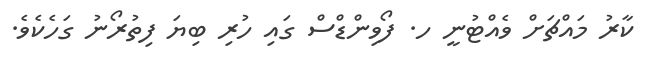
ކާރު މައްޗަށް ވެއްޓުނީ ހ. ފޯވިންޑްސް ގައި ހުރި ބިޔަ ފިތުރޯނު ގަހެކެވެ.